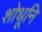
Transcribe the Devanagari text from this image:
शोधूनि